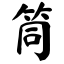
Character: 筒